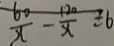
\frac { 6 0 } { x } - \frac { 1 2 0 } { x } = 6